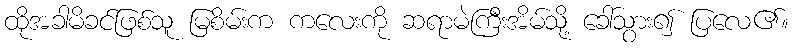
ထိုအခါမိခင်ဖြစ်သူ မြစိမ်းက ကလေးကို ဆရာမဲကြီးအိမ်သို့ ခေါ်သွား၍ ပြလေ၏။